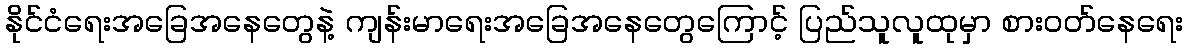
နိုင်ငံရေးအခြေအနေတွေနဲ့ ကျန်းမာရေးအခြေအနေတွေကြောင့် ပြည်သူလူထုမှာ စားဝတ်နေရေး